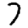
Digit: 7